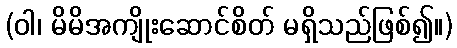
(ဝါ၊ မိမိအကျိုးဆောင်စိတ် မရှိသည်ဖြစ်၍။)